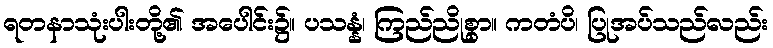
ရတနာသုံးပါးတို့၏ အပေါင်း၌။ ပသန္နံ၊ ကြည်ညိုစွာ။ ကတံပိ၊ ပြုအပ်သည်လည်း